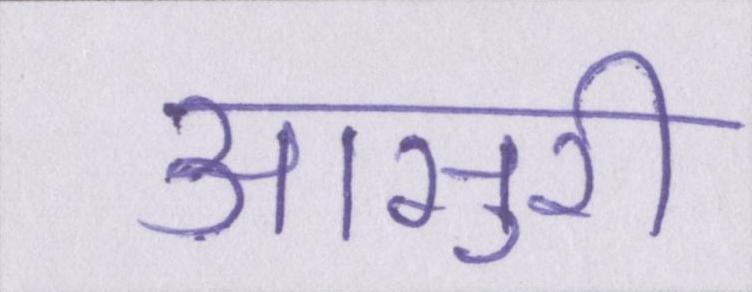
आसुरी